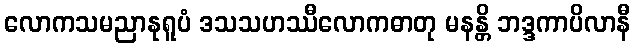
လောကသမညာနုရူပံ ဒသသဟဿီလောကဓာတု မနန္တိ ဘဒ္ဒကာပိလာနီ